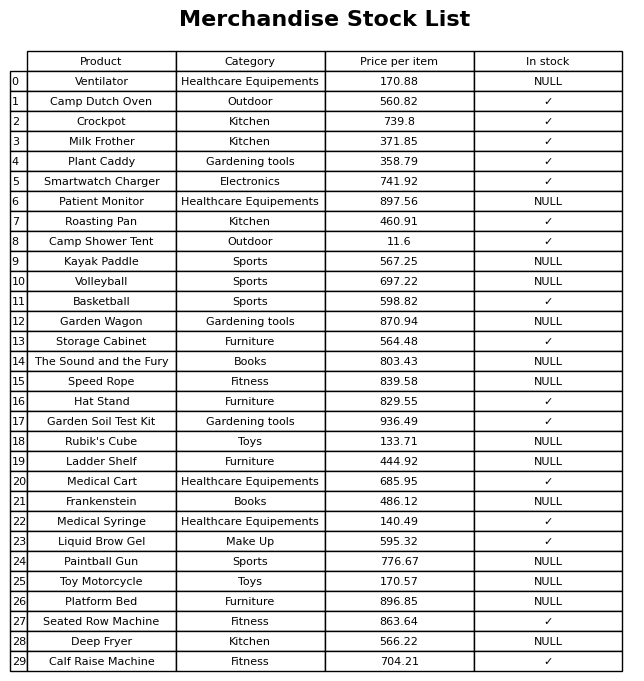
question: What is the price for Camp Shower Tent?
answer: The price of Camp Shower Tent is 11.6.